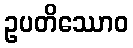
ဥပတိဿောဝ